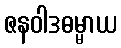
ဇနဝါဒဓမ္မာယ